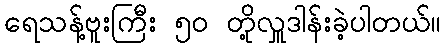
ရေသန့်ဗူးကြီး ၅၀ တို့လှူဒါန်းခဲ့ပါတယ်။